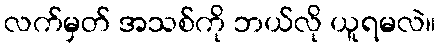
လက်မှတ် အသစ်ကို ဘယ်လို ယူရမလဲ။